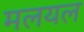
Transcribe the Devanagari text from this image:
मलयल